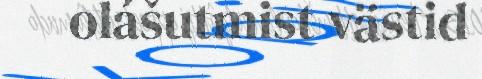
olášutmist västid